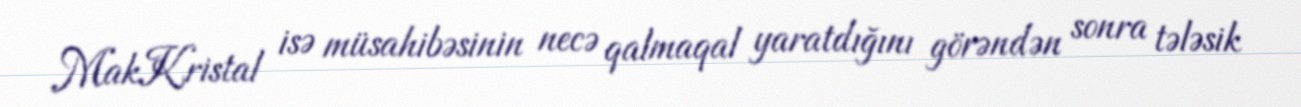
MakKristal isə müsahibəsinin necə qalmaqal yaratdığını görəndən sonra tələsik